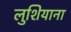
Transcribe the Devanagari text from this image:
लुशियाना